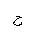
Letter: _ha